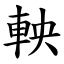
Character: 軮